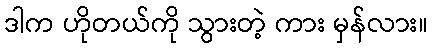
ဒါက ဟိုတယ်ကို သွားတဲ့ ကား မှန်လား။